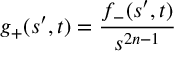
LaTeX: g _ { + } ( s ^ { \prime } , t ) = \frac { f _ { - } ( s ^ { \prime } , t ) } { s ^ { 2 n - 1 } }